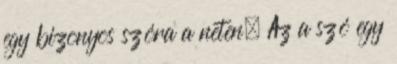
egy bizonyos szóra a neten. Az a szó egy